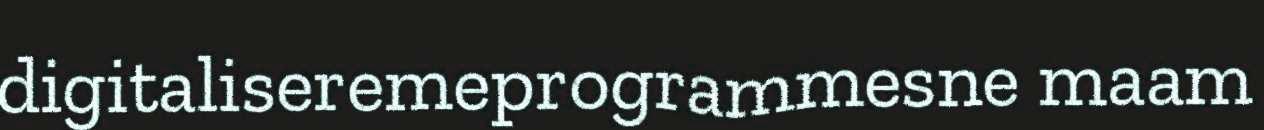
digitaliseremeprogrammesne maam